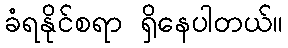
ခံရနိုင်စရာ ရှိနေပါတယ်။